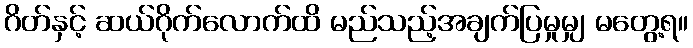
ဂိတ်နှင့် ဆယ်ဂိုက်လောက်ထိ မည်သည့်အချက်ပြမှုမျှ မတွေ့ရ။